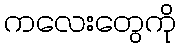
ကလေးတွေကို